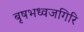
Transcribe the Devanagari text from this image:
बृषभध्वजगिरि